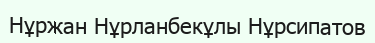
Нұржан Нұрланбекұлы Нұрсипатов